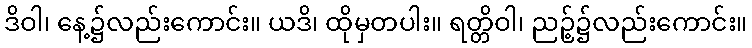
ဒိဝါ၊ နေ့၌လည်းကောင်း။ ယဒိ၊ ထိုမှတပါး။ ရတ္တိဝါ၊ ညဉ့်၌လည်းကောင်း။